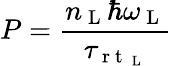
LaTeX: P=\frac{n_{\mathrm{~L~}}\hbar\omega_{\mathrm{~L~}}}{\tau_{\mathrm{~r~t~}_{\mathrm{~L~}}}}